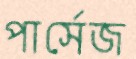
পার্সেজ